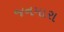
જનમારા